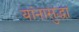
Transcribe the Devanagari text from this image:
यांनासुद्धा